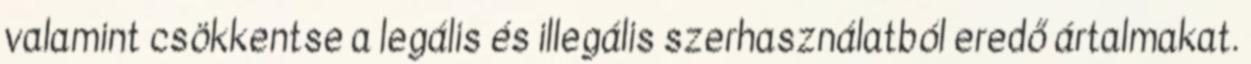
valamint csökkentse a legális és illegális szerhasználatból eredő ártalmakat.